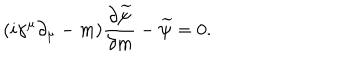
( i \gamma ^ { \mu } \partial _ { \mu } - m ) \frac { \partial \widetilde { \psi } } { \partial m } - \widetilde { \psi } = 0 .